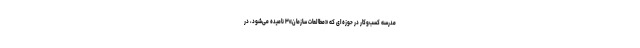
مدرسهٔ کسب‌وکار در حوزه‌ای که «مطالعات سازمان»۳ نامیده می‌شود، در